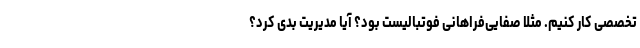
تخصصی کار کنیم. مثلا صفایی‌فراهانی فوتبالیست بود؟ آیا مدیریت بدی کرد؟